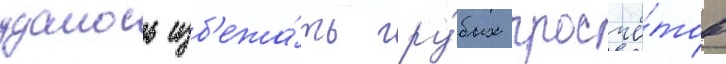
удалось изб'ежа́ть гру́бых просчё́тов